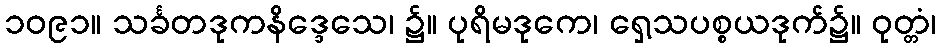
၁၀၉၁။ သင်္ခတဒုကနိဒ္ဒေသေ၊ ၌။ ပုရိမဒုကေ၊ ရှေ့သပစ္စယဒုက်၌။ ဝုတ္တံ၊